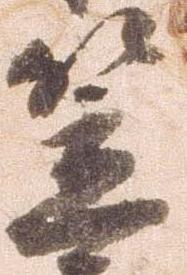
笠